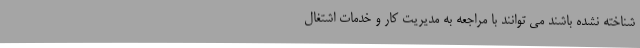
شناخته نشده باشند می توانند با مراجعه به مدیریت کار و خدمات اشتغال